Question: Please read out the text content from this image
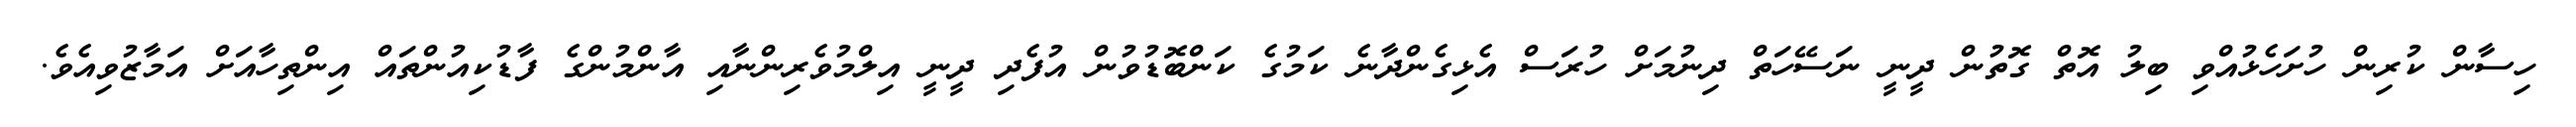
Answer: ހިސާން ކުރިން ހުށަހެޅުއްވި ބިލު އޮތް ގޮތުން ދީނީ ނަސޭހަތް ދިނުމަށް ހުރަސް އެޅިގެންދާނެ ކަމުގެ ކަންބޮޑުވުން އުފެދި ދީނީ އިލްމުވެރިންނާއި އާންމުންގެ ފާޑުކިއުންތައް އިންތިހާއަށް އަމާޒުވިއެވެ.